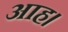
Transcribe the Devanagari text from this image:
आह।